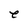
Character: e